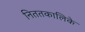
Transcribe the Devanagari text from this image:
निततकालिके